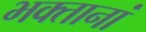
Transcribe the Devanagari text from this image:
भक्तानां